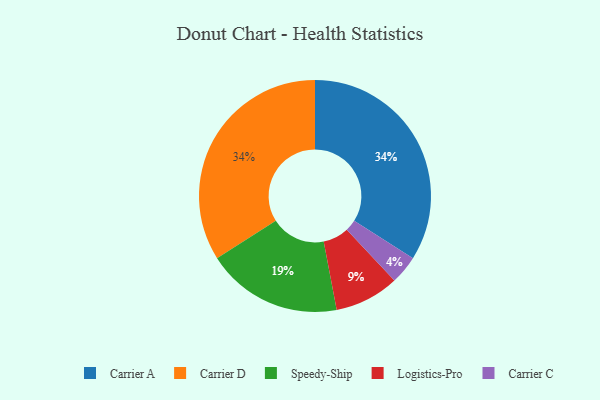
{"axis": {"x": "Category", "y": "Percentage"}, "legend": ["Carrier A", "Carrier C", "Carrier D", "Logistics-Pro", "Speedy-Ship"], "data": [{"x": "Carrier C", "y": 4, "type": "Carrier C"}, {"x": "Speedy-Ship", "y": 19, "type": "Speedy-Ship"}, {"x": "Carrier A", "y": 34, "type": "Carrier A"}, {"x": "Carrier D", "y": 34, "type": "Carrier D"}, {"x": "Logistics-Pro", "y": 9, "type": "Logistics-Pro"}]}